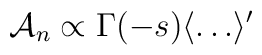
{\cal A}_n \propto \Gamma (-s)\langle \dots \rangle '